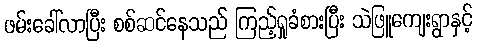
ဖမ်းခေါ်လာပြီး စစ်ဆင်နေသည် ကြည့်ရှုခံစားပြီး သဲဖြူကျေးရွာနှင့်